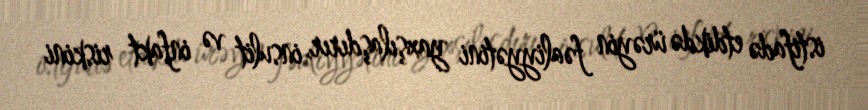
istifadə etdikdə ürəyin fəaliyyətini yaxşılaşdırır, insulit və infakt riskini